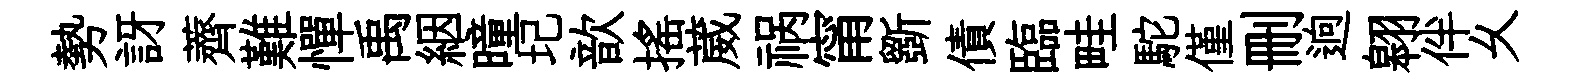
勢訝薺難憚禹絪曈圮歆摇葳祸甯斵債臨畦駝僅删逈翱伴乆